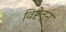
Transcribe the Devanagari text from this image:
विष्टेतून